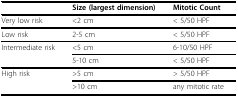
<table><thead><tr><td></td><td><b>Size (largest dimension)</b></td><td><b>Mitotic Count</b></td></tr></thead><tbody><tr><td>Very low risk</td><td>&lt;2 cm</td><td>&lt; 5/50 HPF</td></tr><tr><td>Low risk</td><td>2-5 cm</td><td>&lt; 5/50 HPF</td></tr><tr><td>Intermediate risk</td><td>&lt;5 cm</td><td>6-10/50 HPF</td></tr><tr><td></td><td>5-10 cm</td><td>&lt; 5/50 HPF</td></tr><tr><td>High risk</td><td>&gt;5 cm</td><td>&gt; 5/50 HPF</td></tr><tr><td></td><td>&gt;10 cm</td><td>any mitotic rate</td></tr></tbody></table>